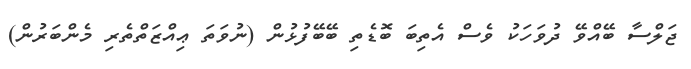
ޖަލްސާ ބޭއްވޭ ދުވަހަކު ވެސް އެތިބަ ބޮޑެތި ބޭބޭފުޅުން (ނުވަތަ ޢިއްޒަތްތެރި މެންބަރުން)